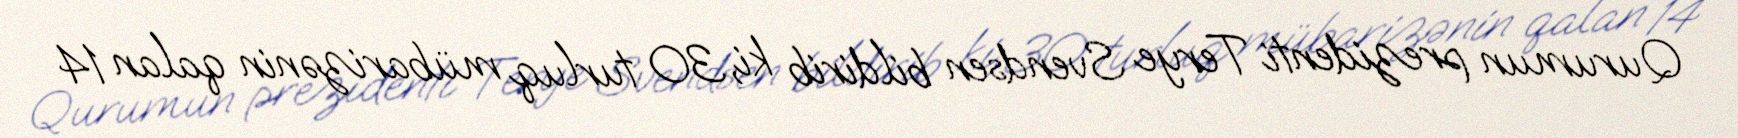
Qurumun prezidenti Terye Svendsen bildirib ki, 30 turluq mübarizənin qalan 14